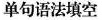
单句语法填空